Civil Veterinary Department Bihar & Orissa reports 1922-29 - 1922-1929
Year: 1922
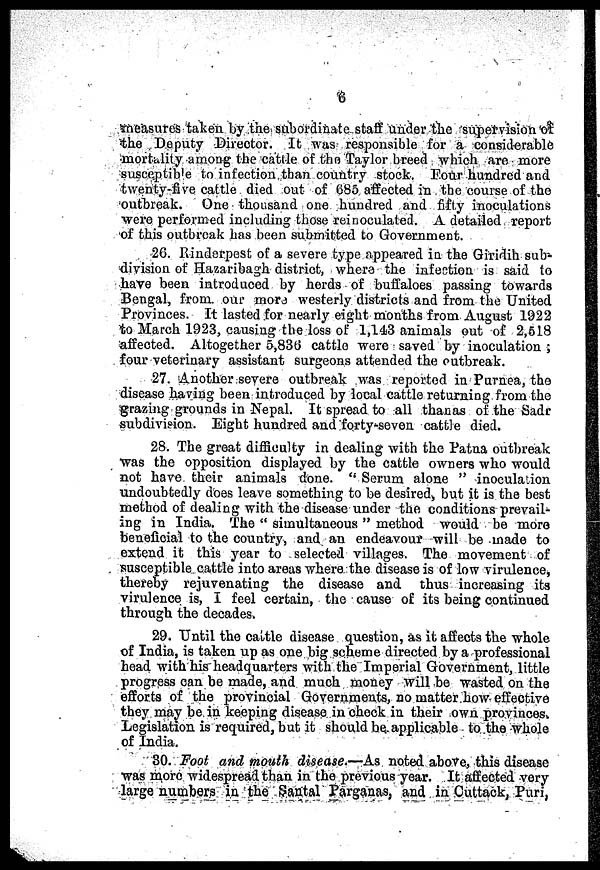
6
measures taken by the subordinate staff under the supervision of
the Deputy Director. It was responsible for a considerable
mortality among the cattle of the Taylor breed which are more
susceptible to infection than country stock. Four hundred and
twenty-five cattle died out of 685 affected in the course of the
outbreak. One thousand one hundred and fifty inoculations
were performed including those reinoculated. A detailed report
of this outbreak has been submitted to Government.
26. Rinderpest of a severe type appeared in the Giridih sub-
division of Hazaribagh district, where the infection is said to
have been introduced by herds of buffaloes passing towards
Bengal, from our mora westerly districts and from the United
Provinces. It lasted for nearly eight months from August 1922
to March 1923, causing the loss of 1,143 animals out of 2,518
affected. Altogether 5,836 cattle were saved by inoculation ;
four veterinary assistant surgeons attended the outbreak.
27. Another severe outbreak was reported in Purnea, the
disease having been introduced by local cattle returning from the
grazing grounds in Nepal. It spread to all than as of the Sadr
subdivision. Eight hundred and forty-seven cattle died.
28. The great difficulty in dealing with the Patna outbreak
was the opposition displayed by the cattle owners who would
not have their animals done. " Serum alone " inoculation
undoubtedly does leave something to be desired, but it is the best
method of dealing with the disease under the conditions prevail-
ing in India. The " simultaneous " method would be more
beneficial to the country, and an endeavour will be made to
extend it this year to selected villages. The movement of
susceptible cattle into areas where the disease is of low virulence,
thereby rejuvenating the disease and thus increasing its
virulence is, I feel certain, the cause of its being continued
through the decades.
29. Until the cattle disease question, as it affects the whole
of India, is taken up as one big scheme directed by a professional
head with his headquarters with the Imperial Government, little
progress can be made, and much money will be wasted on the
efforts of the provincial Governments, no matter how effective
they may be in keeping disease in check in their own provinces.
Legislation is required, but it should he applicable to the whole
of India.
30. Foot and mouth disease.—As noted above, this disease
was more widespread than in the previous year. It affected very
large numbers in the Santal Parganas, and in Cuttack, Puri,